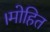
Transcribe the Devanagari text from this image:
।मोहित